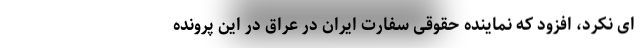
ای نکرد، افزود که نماینده حقوقی سفارت ایران در عراق در این پرونده